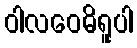
ဝါလဝေဓိရူပါ